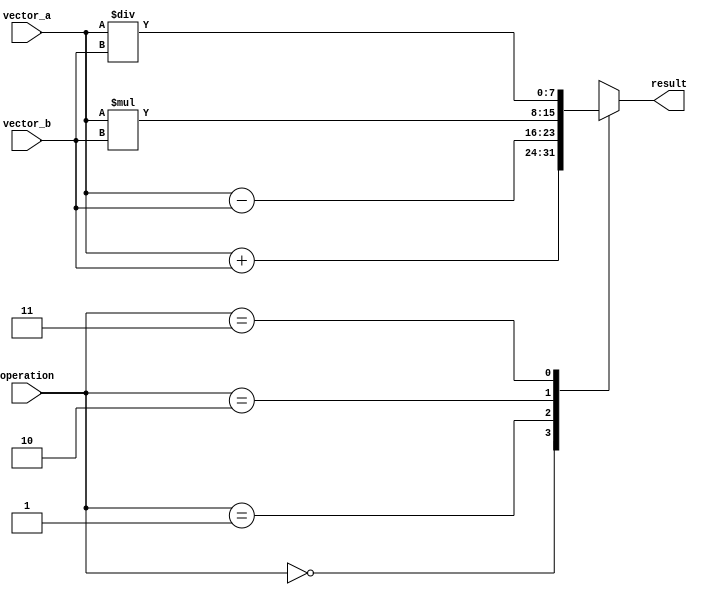
module vector_alu (
    input [7:0] vector_a,
    input [7:0] vector_b,
    input [1:0] operation,
    output reg [7:0] result
);

always @(*) begin
    case(operation)
        2'b00: result = vector_a + vector_b; // addition
        2'b01: result = vector_a - vector_b; // subtraction
        2'b10: result = vector_a * vector_b; // multiplication
        2'b11: result = vector_a / vector_b; // division
        default: result = 8'b0;
    endcase
end

endmodule